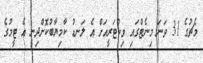
މެޗުގެ 31 ވަނަ މިނެޓްގައި ވިކްޓަރީއަށް އެ ލަނޑު ކާމިޔާބުކޮށްދިނީ އެ ޓީމުގެ